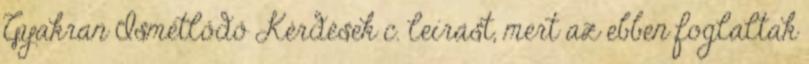
Gyakran Ismétlődő Kérdések c. leírást, mert az ebben foglaltak